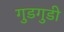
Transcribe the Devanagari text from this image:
गुडगुडी